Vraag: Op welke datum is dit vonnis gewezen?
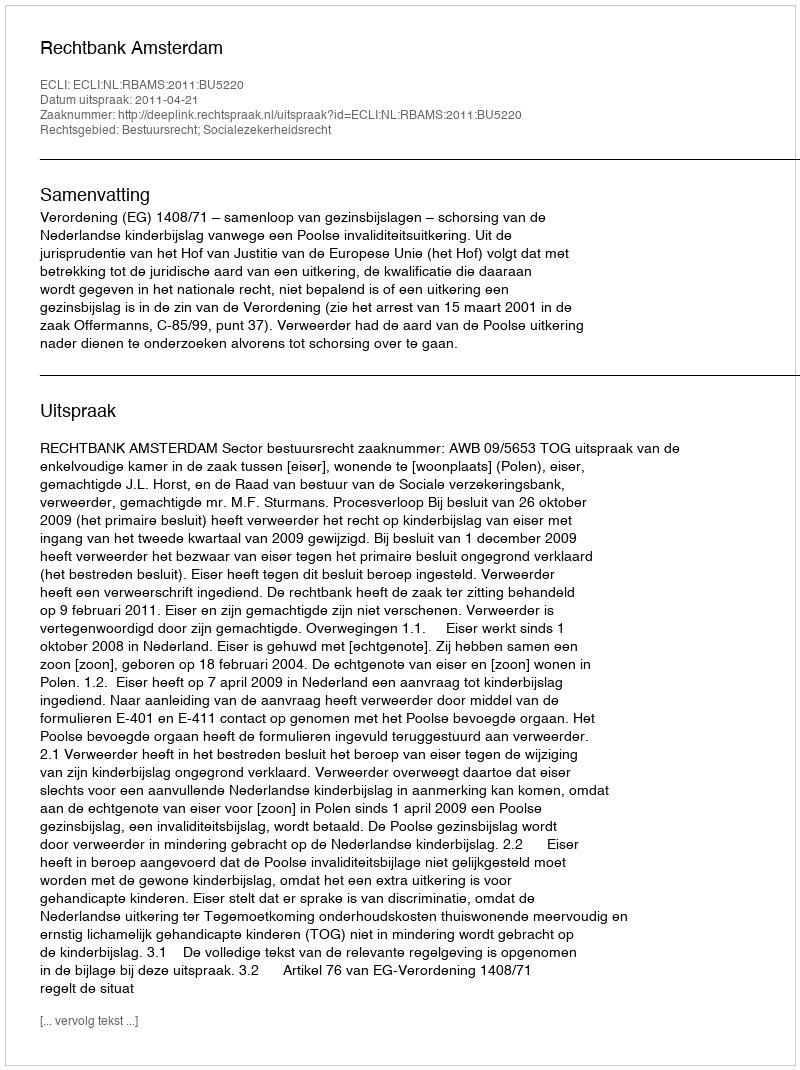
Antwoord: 2011-04-21